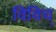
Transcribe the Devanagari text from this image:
विविच्